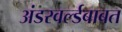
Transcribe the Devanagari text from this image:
अंडरवर्ल्डबाबत